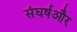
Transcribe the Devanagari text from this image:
संघर्षऔर